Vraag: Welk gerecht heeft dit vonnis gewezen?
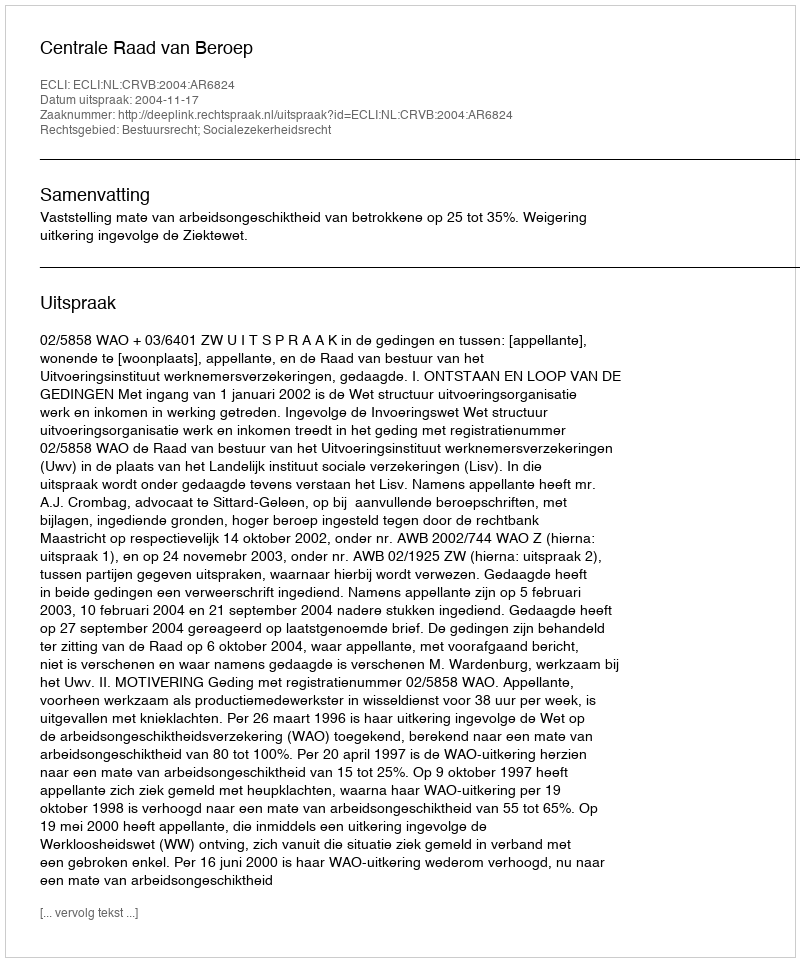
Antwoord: Centrale Raad van Beroep